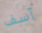
آسف